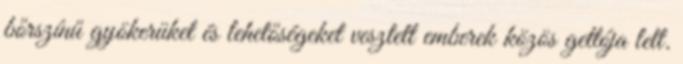
bőrszínű gyökerüket és lehetőségeket vesztett emberek közös gettója lett.